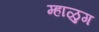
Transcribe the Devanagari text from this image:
म्हाळुग